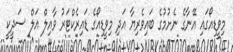
މިވީޑިއޯގައި އޭނާގެ ނެށުމުގެ ބައިވެރިޔާ އަދި މިވީޑިއޯގެ ޑައިރެކްޓަރު ވާއިލް އަލް ސަދީކީ